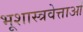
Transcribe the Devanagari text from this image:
भूशास्त्रवेत्ताओं